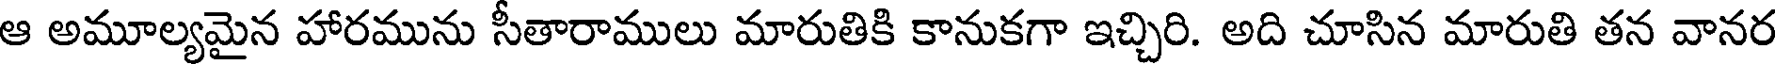
ఆ అమూల్యమైన హారమును సీతారాములు మారుతికి కానుకగా ఇచ్చిరి. అది చూసిన మారుతి తన వానర